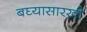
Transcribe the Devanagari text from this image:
बघ्‍यासारखी